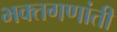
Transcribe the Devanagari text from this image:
भक्तगणांती